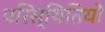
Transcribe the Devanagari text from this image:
परिस्‍िथतियों